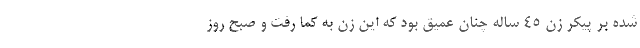
شده بر پیکر زن ۴۵ ساله چنان عمیق بود که این زن به کما رفت و صبح روز